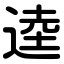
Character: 逵